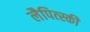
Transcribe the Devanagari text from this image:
लैपित्स्की